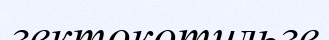
гектокотильге